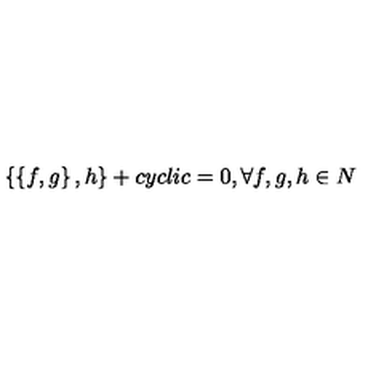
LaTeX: \left\{ \left\{ f , g \right\} , h \right\} + c y c l i c = 0 , \forall f , g , h \in N